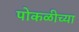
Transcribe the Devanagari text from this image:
पोकळीच्‍या